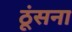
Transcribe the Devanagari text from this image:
ठूंसना